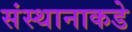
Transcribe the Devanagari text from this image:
संस्थानाकडे